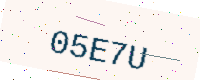
Text: 05E7U